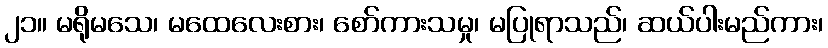
၂၁။ မရိုမသေ၊ မထေလေးစား၊ စော်ကားသမှု၊ မပြုရာသည်၊ ဆယ်ပါးမည်ကား၊